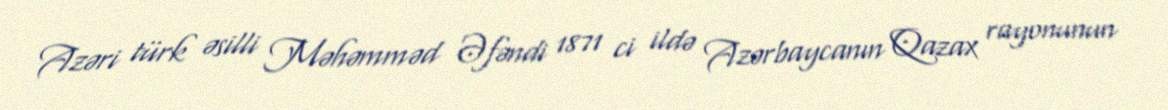
Azəri türk əsilli Məhəmməd Əfəndi 1871 ci ildə Azərbaycanın Qazax rayonunun